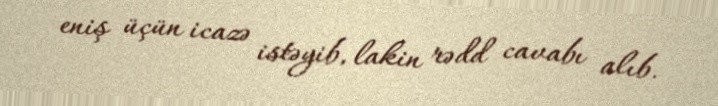
eniş üçün icazə istəyib, lakin rədd cavabı alıb.